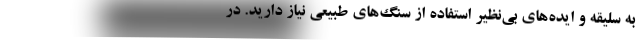
به سلیقه و ایده‌های بی‌نظیر استفاده از سنگ‌های طبیعی نیاز دارید. در